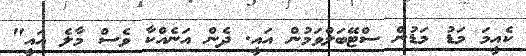
ކެއީމަ މަޑު މަޑުން ސްޓޭބަލްވަމުން އައީ. ދެން އަނެއްކާ ވެސް މާލެ އައީ"